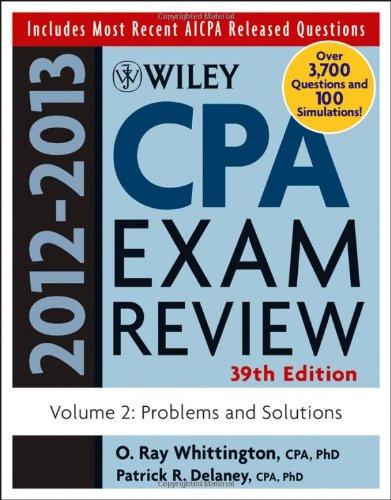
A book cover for Wiley CPA Examination Review, Problems and Solutions (Volume 2); Patrick R. Delaney; Test Preparation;